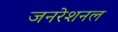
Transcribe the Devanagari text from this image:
जनरेशनल